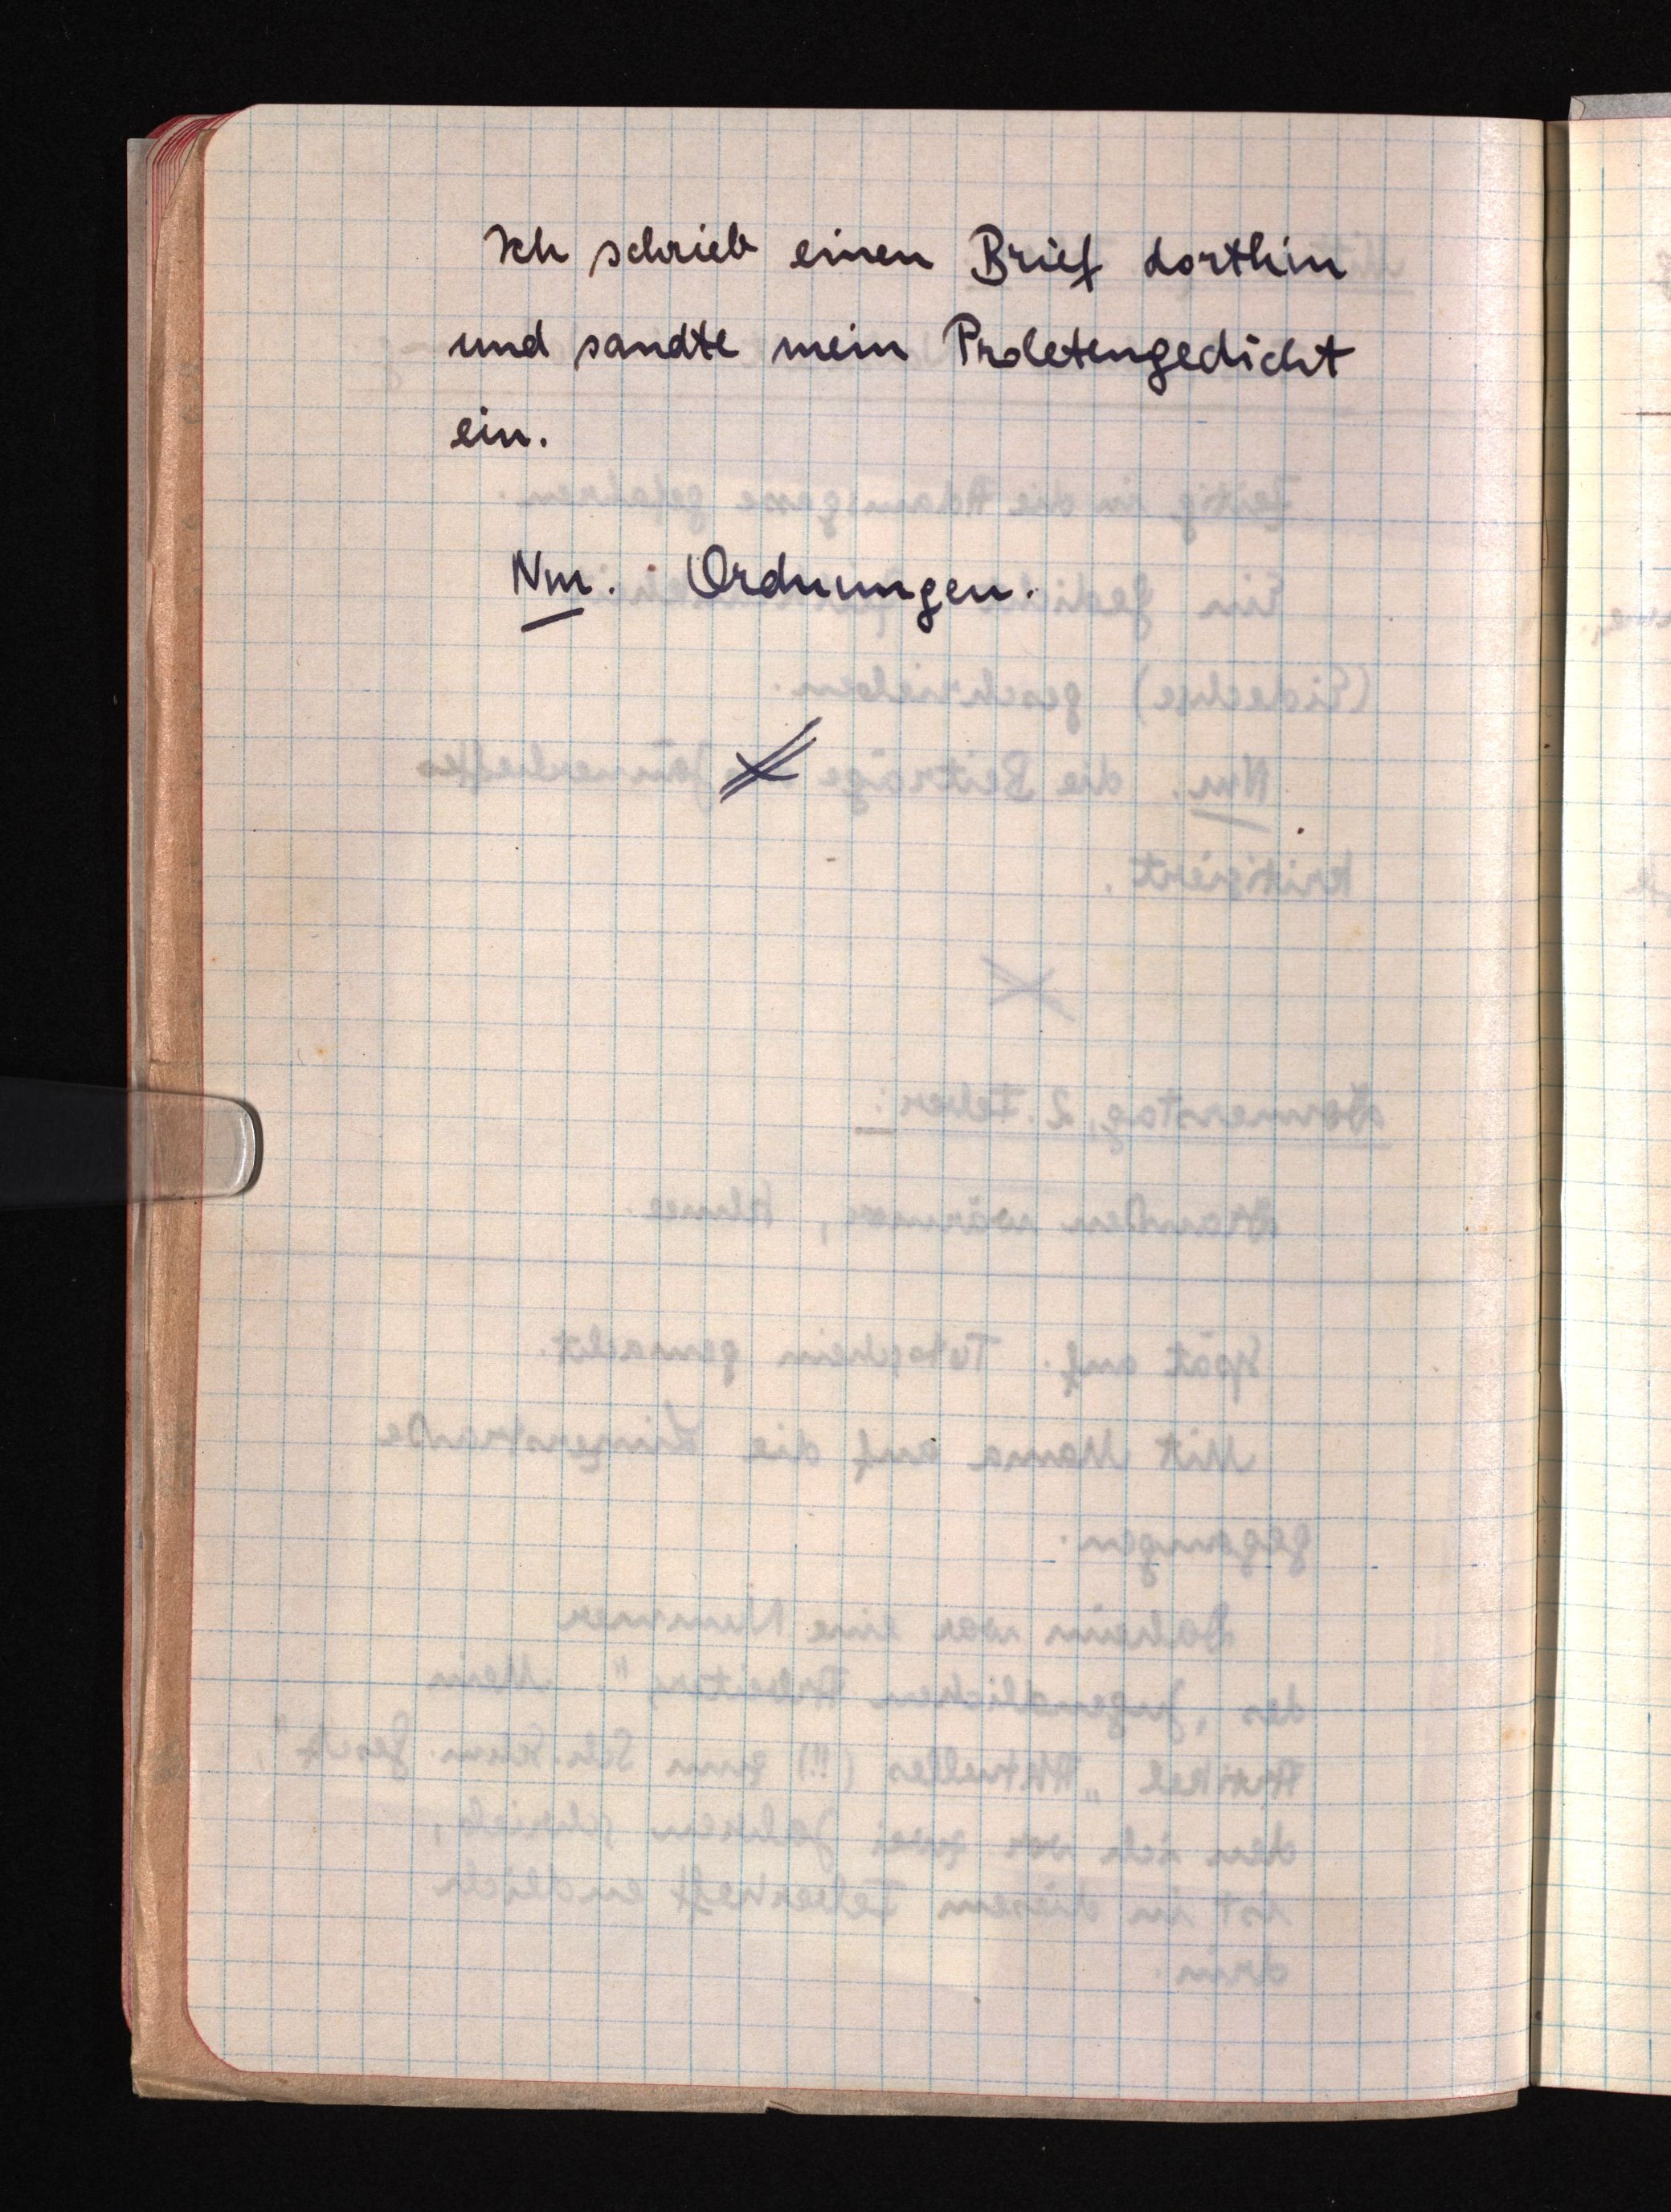
Ich schrieb einen Brief dorthin
und sandte mein Proletengedicht
ein.
Nm. Ordnungen.